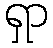
ရှာ